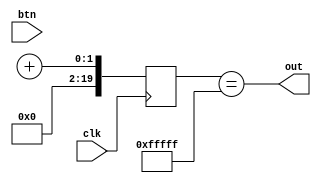
module button_conditioner(
	
	input clk,
	input btn,
	output out
    );

	reg [19:0] ctr_d, ctr_q;
	reg [1:0] sync_d, sync_q;
	
	assign out = ctr_q == {20{1'b1}};
	
	always @(*) begin
		sync_d[0] = btn;
		sync_d[1] = sync_q[0];
		ctr_d = ctr_q + 1'b1;
		
		if (ctr_q == {20{1'b1}}) begin
			ctr_d = ctr_q;
		end
		
		if (!sync_q[1])
			ctr_d = 20'd0;
	end
	
	always @(posedge clk) begin
		ctr_q <= ctr+d;
		sync_q <= sync_d;
	end

endmodule